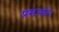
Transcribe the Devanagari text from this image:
प्रसज्यते।